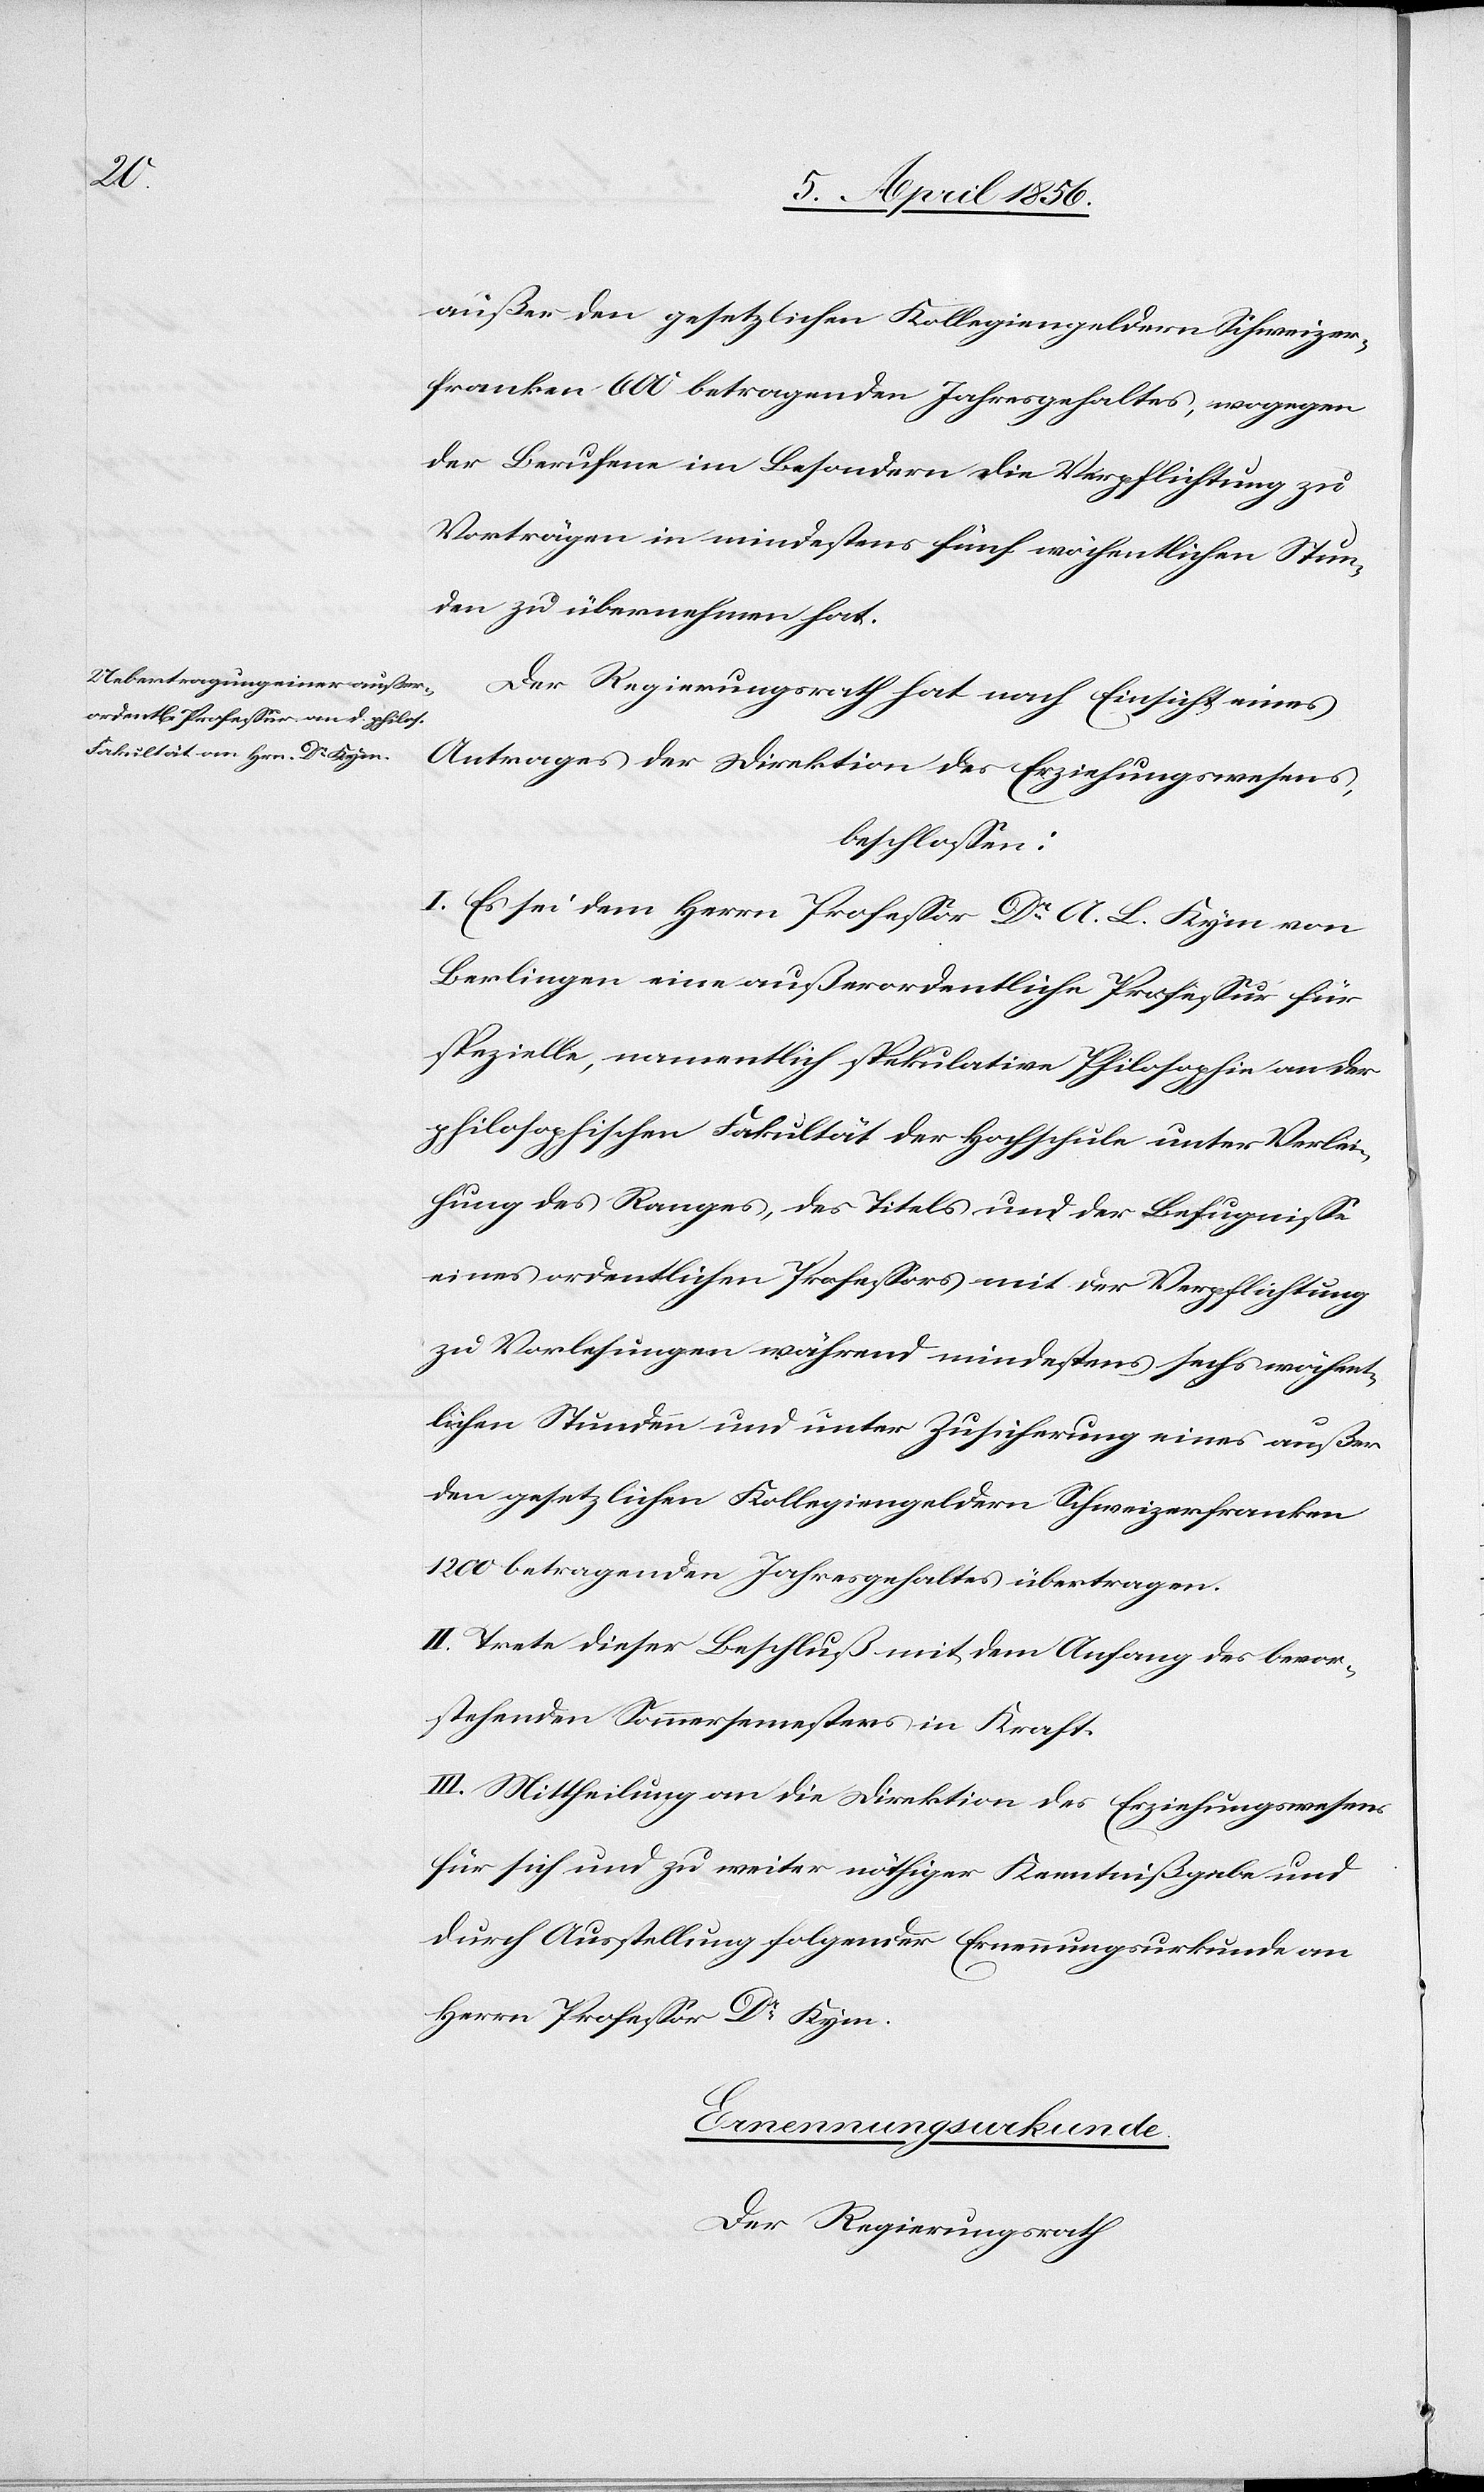
außer den gesetzlichen Kollegiengeldern Schweizer¬
franken 600 betragenden Jahresgehaltes, wogegen
der Berufene im Besondern die Verpflichtung zu
Verträgen in mindestens fünf wöchentlichen Stun¬
den zu übernehmen hat.
Der Regierungsrath hat nach Einsicht eines
Antrages der Direktion des Erziehungswesens,
beschlossen:
I. Es sei dem Herrn Professor Dr A. L. Kym von
Berlingen eine außerordentliche Professur für
spezielle, namentlich spekulative Philosophie an der
philosophischen Fakultät der Hochschule unter Verlei¬
hung des Ranges, des Titels und der Befugnisse
eines ordentlichen Professors mit der Verpflichtung
zu Vorlesungen während mindestens sechs wöchent¬
lichen Stunden und unter Zusicherung eines außer
den gesetzlichen Kollegiengeldern Schweizerfranken
1200 betragenden Jahresgehaltes übertragen.
II. Trete dieser Beschluß mit dem Anfang des bevor¬
stehenden Sommersemesters in Kraft.
III. Mittheilung an die Direktion des Erziehungswesens
für sich und zu weiter nöthiger Kenntnißgabe und
durch Ausstellung folgender Ernennungsurkunde an
Herrn Professor Dr Kym.
Ernennungsurkunde.
Der Regierungsrath